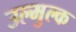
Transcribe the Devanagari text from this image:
उल्मुल्क